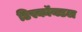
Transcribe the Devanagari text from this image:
डिस्कॉयडल